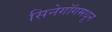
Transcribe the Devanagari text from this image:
सिनेगॉगमधून